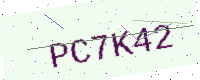
Text: PC7K42